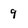
Character: 9